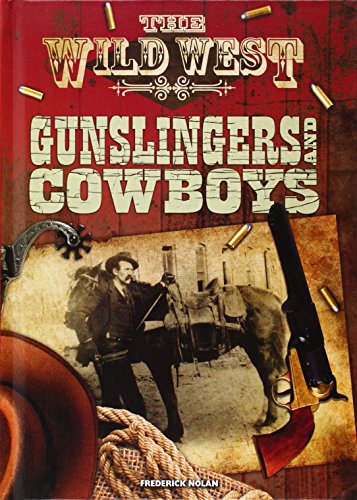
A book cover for Gunslingers and Cowboys (Wild West); Frederick W. Nolan; Teen & Young Adult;